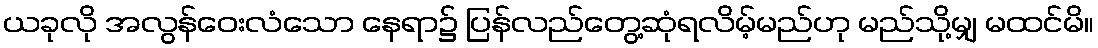
ယခုလို အလွန်ဝေးလံသော နေရာ၌ ပြန်လည်တွေ့ဆုံရလိမ့်မည်ဟု မည်သို့မျှ မထင်မိ။